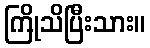
ကြိုသိပြီးသား။